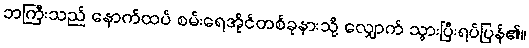
ဘကြီးသည် နောက်ထပ် စမ်းရေအိုင်တစ်ခုနားသို့ လျှောက် သွားပြီးရပ်ပြန်၏။